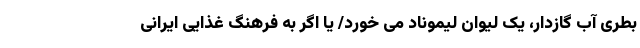
بطری آب گازدار، یک لیوان لیموناد می خورد/ یا اگر به فرهنگ غذایی ایرانی